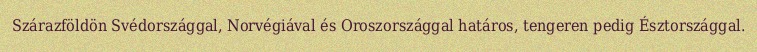
Szárazföldön Svédországgal, Norvégiával és Oroszországgal határos, tengeren pedig Észtországgal.